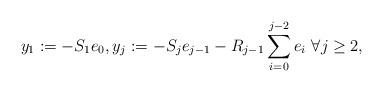
LaTeX: \begin{align*} y_1 := - S_1 e_0, y_j := - S_j e_{j-1} - R_{j-1} \sum_{i=0}^{j-2} e_i \ \forall j \geq 2,\end{align*}